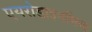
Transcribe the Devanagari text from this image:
एयरोडाइनमिक